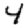
Digit: 4